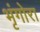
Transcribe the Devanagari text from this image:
भृंगोरा